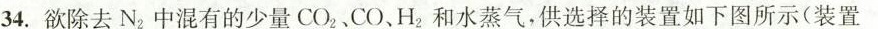
34.欲除去N{2}中混有的少量CO_{2}、CO、H_{2}和水蒸气，供选择的装置如下图所示(装置